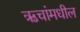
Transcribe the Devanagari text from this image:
ऋचांमधील